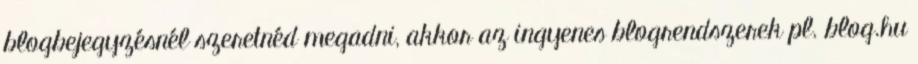
blogbejegyzésnél szeretnéd megadni, akkor az ingyenes blogrendszerek pl. blog.hu